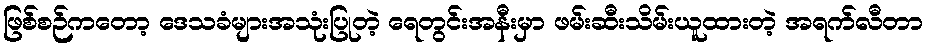
ဖြစ်စဉ်ကတော့ ဒေသခံများအသုံးပြုတဲ့ ရေတွင်းအနီးမှာ ဖမ်းဆီးသိမ်းယူထားတဲ့ အရက်လီတာ